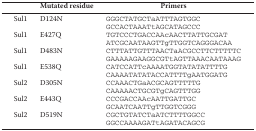
<table><thead><tr><td></td><td><b>Mutated residue</b></td><td><b>Primers</b></td></tr></thead><tbody><tr><td>Sul1</td><td>D124N</td><td>GGGCTATGCTaATTTAGTGGC</td></tr><tr><td></td><td></td><td>GCCACTAAATtAGCATAGCCC</td></tr><tr><td>Sul1</td><td>E427Q</td><td>TGTCCCTGACCAAcAACTTATTGCGAT</td></tr><tr><td></td><td></td><td>ATCGCAATAAGTTgTTGGTCAGGGACAA</td></tr><tr><td>Sul1</td><td>D483N</td><td>CTTTATTGTTTAACTaACGCCTTCTTTTTC</td></tr><tr><td></td><td></td><td>GAAAAAGAAGGCGTtAGTTAAACAATAAAG</td></tr><tr><td>Sul1</td><td>E538Q</td><td>CATCCATTcAAAATGGTATATATTTTG</td></tr><tr><td></td><td></td><td>CAAAATATATACCATTTTgAATGGATG</td></tr><tr><td>Sul2</td><td>D305N</td><td>CCAAACTGaACGCAGTTTTTG</td></tr><tr><td></td><td></td><td>CAAAAACTGCGTgCAGTTTGG</td></tr><tr><td>Sul2</td><td>E443Q</td><td>CCCGACCAAcAATTGATTGC</td></tr><tr><td></td><td></td><td>GCAATCAATTgTTGGTCGGG</td></tr><tr><td>Sul2</td><td>D519N</td><td>CGCTGTATCTaATCTTTTGGCC</td></tr><tr><td></td><td></td><td>GGCCAAAAGATtAGATACAGCG</td></tr></tbody></table>